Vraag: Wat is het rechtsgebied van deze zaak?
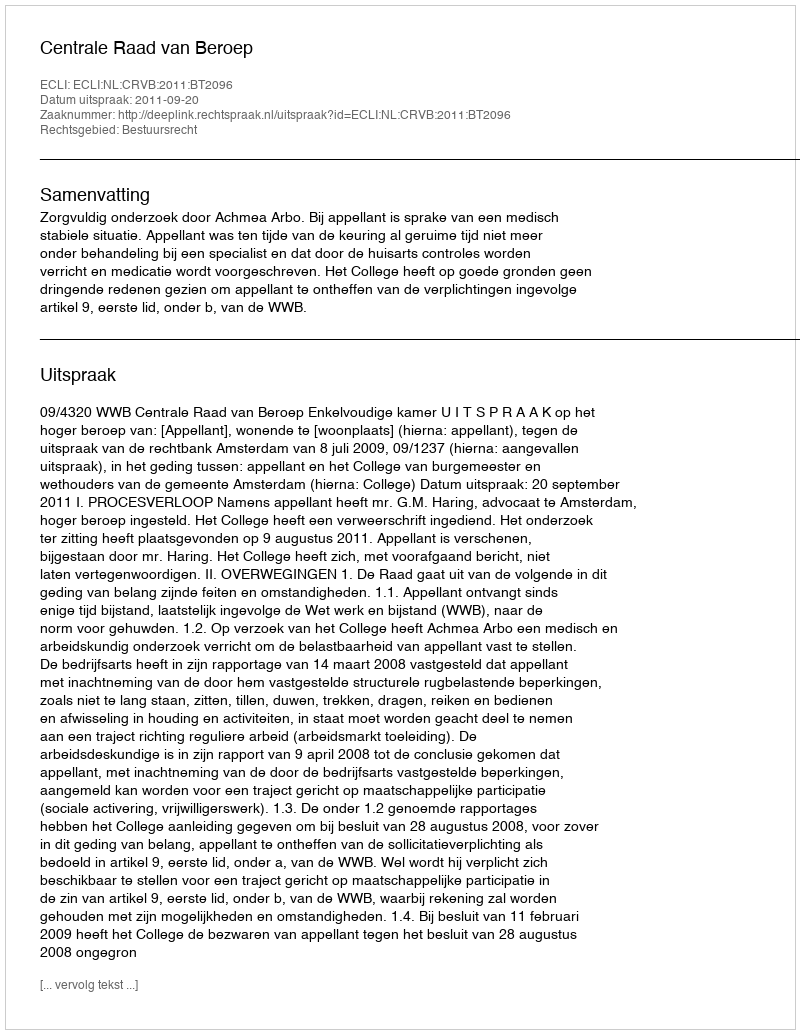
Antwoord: Bestuursrecht